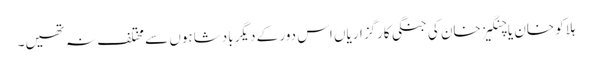
ہلاکو خان یا چنگیز خان کی جنگی کارگزاریاں اس دور کے دیگر بادشاہوں سے مختلف نہ تھیں۔